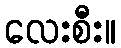
လေးစီး။